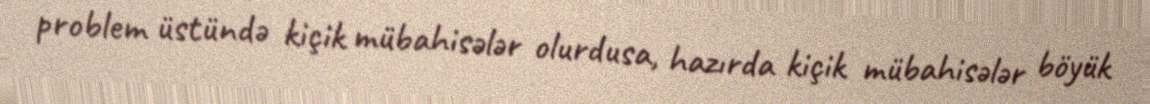
problem üstündə kiçik mübahisələr olurdusa, hazırda kiçik mübahisələr böyük